Insane asylums in Bengal annual reports 1867-1875 - 1867-1875
Year: 1867
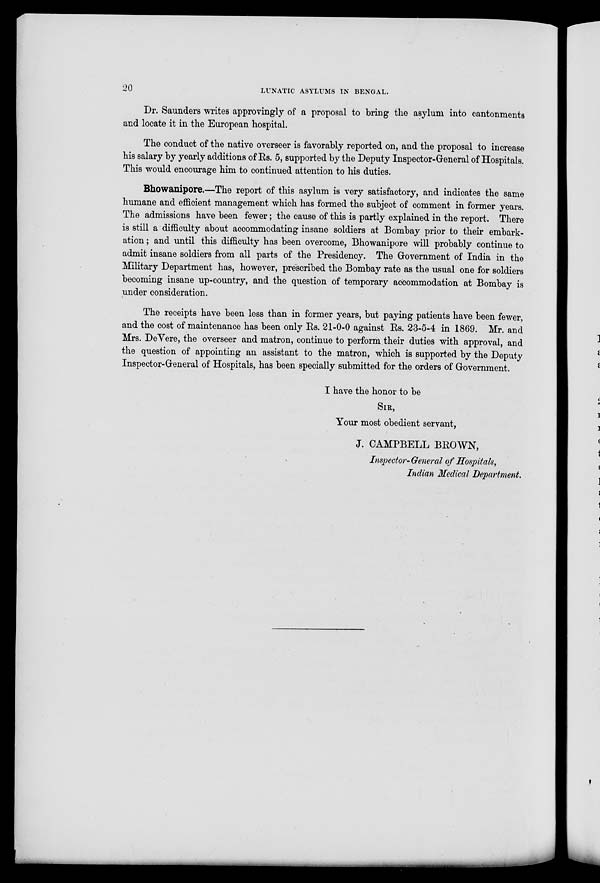
20
LUNATIC ASYLUMS IN BENGAL.
Dr. Saunders writes approvingly of a proposal to bring the asylum into cantonments
and locate it in the European hospital.
The conduct of the native overseer is favorably reported on, and the proposal to increase
his salary by yearly additions of Rs. 5, supported by the Deputy Inspector-General of Hospitals.
This would encourage him to continued attention to his duties.
Bhowanipore.—The report of this asylum is very satisfactory, and indicates the same
humane and efficient management which has formed the subject of comment in former years.
The admissions have been fewer; the cause of this is partly explained in the report. There
is still a difficulty about accommodating insane soldiers at Bombay prior to their embark-
ation ; and until this difficulty has been overcome, Bhowanipore will probably continue to
admit insane soldiers from all parts of the Presidency. The Government of India in the
Military Department has, however, prescribed the Bombay rate as the usual one for soldiers
becoming insane up-country, and the question of temporary accommodation at Bombay is
under consideration.
The receipts have been less than in former years, but paying patients have been fewer,
and the cost of maintenance has been only Rs. 21-0-0 against Rs. 23-5-4 in 1869. Mr. and
Mrs. DeVere, the overseer and matron, continue to perform their duties with approval, and
the question of appointing an assistant to the matron, which is supported by the Deputy
Inspector-General of Hospitals, has been specially submitted for the orders of Government.
I have the honor to be
SIR,
Your most obedient servant,
J. CAMPBELL BROWN,
Inspector-General of Hospitals,
Indian Medical Department.